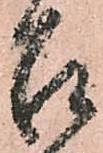
召